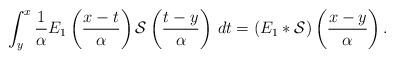
LaTeX: \begin{align*}\int_y^x \frac{1}{\alpha} E_1\left(\frac{x-t}{\alpha}\right) \mathcal{S}\left(\frac{t-y}{\alpha}\right) \,dt=\left(E_1*\mathcal{S}\right)\left(\frac{x-y}{\alpha}\right).\end{align*}